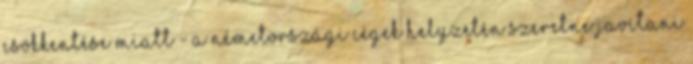
csökkentése miatt - a németországi cégek helyzetén szeretne javítani